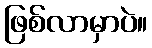
ဖြစ်လာမှာပဲ။